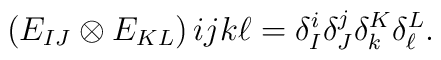
\matrix{(E_{IJ}\otimes E_{KL})}{ij}{k\ell}=\delta^i_I \delta^j_J\delta^K_k \delta^L_{\ell}.